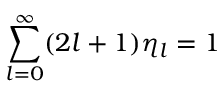
{ \sum _ { l = 0 } ^ { \infty } ( 2 l + 1 ) \eta _ { l } = 1 }